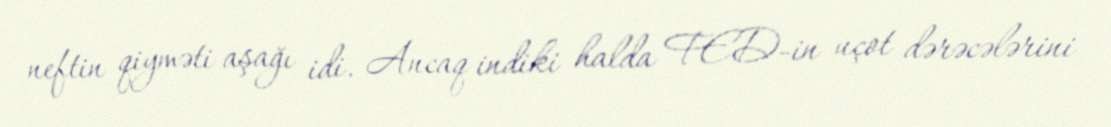
neftin qiyməti aşağı idi. Ancaq indiki halda FED-in uçot dərəcələrini